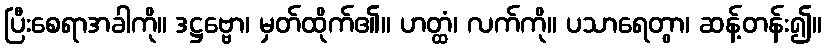
ပြီးစေရာအခါကို။ ဒဋ္ဌဗ္ဗော၊ မှတ်ထိုက်၏။ ဟတ္ထံ၊ လက်ကို။ ပသာရေတွာ၊ ဆန့်တန်း၍။